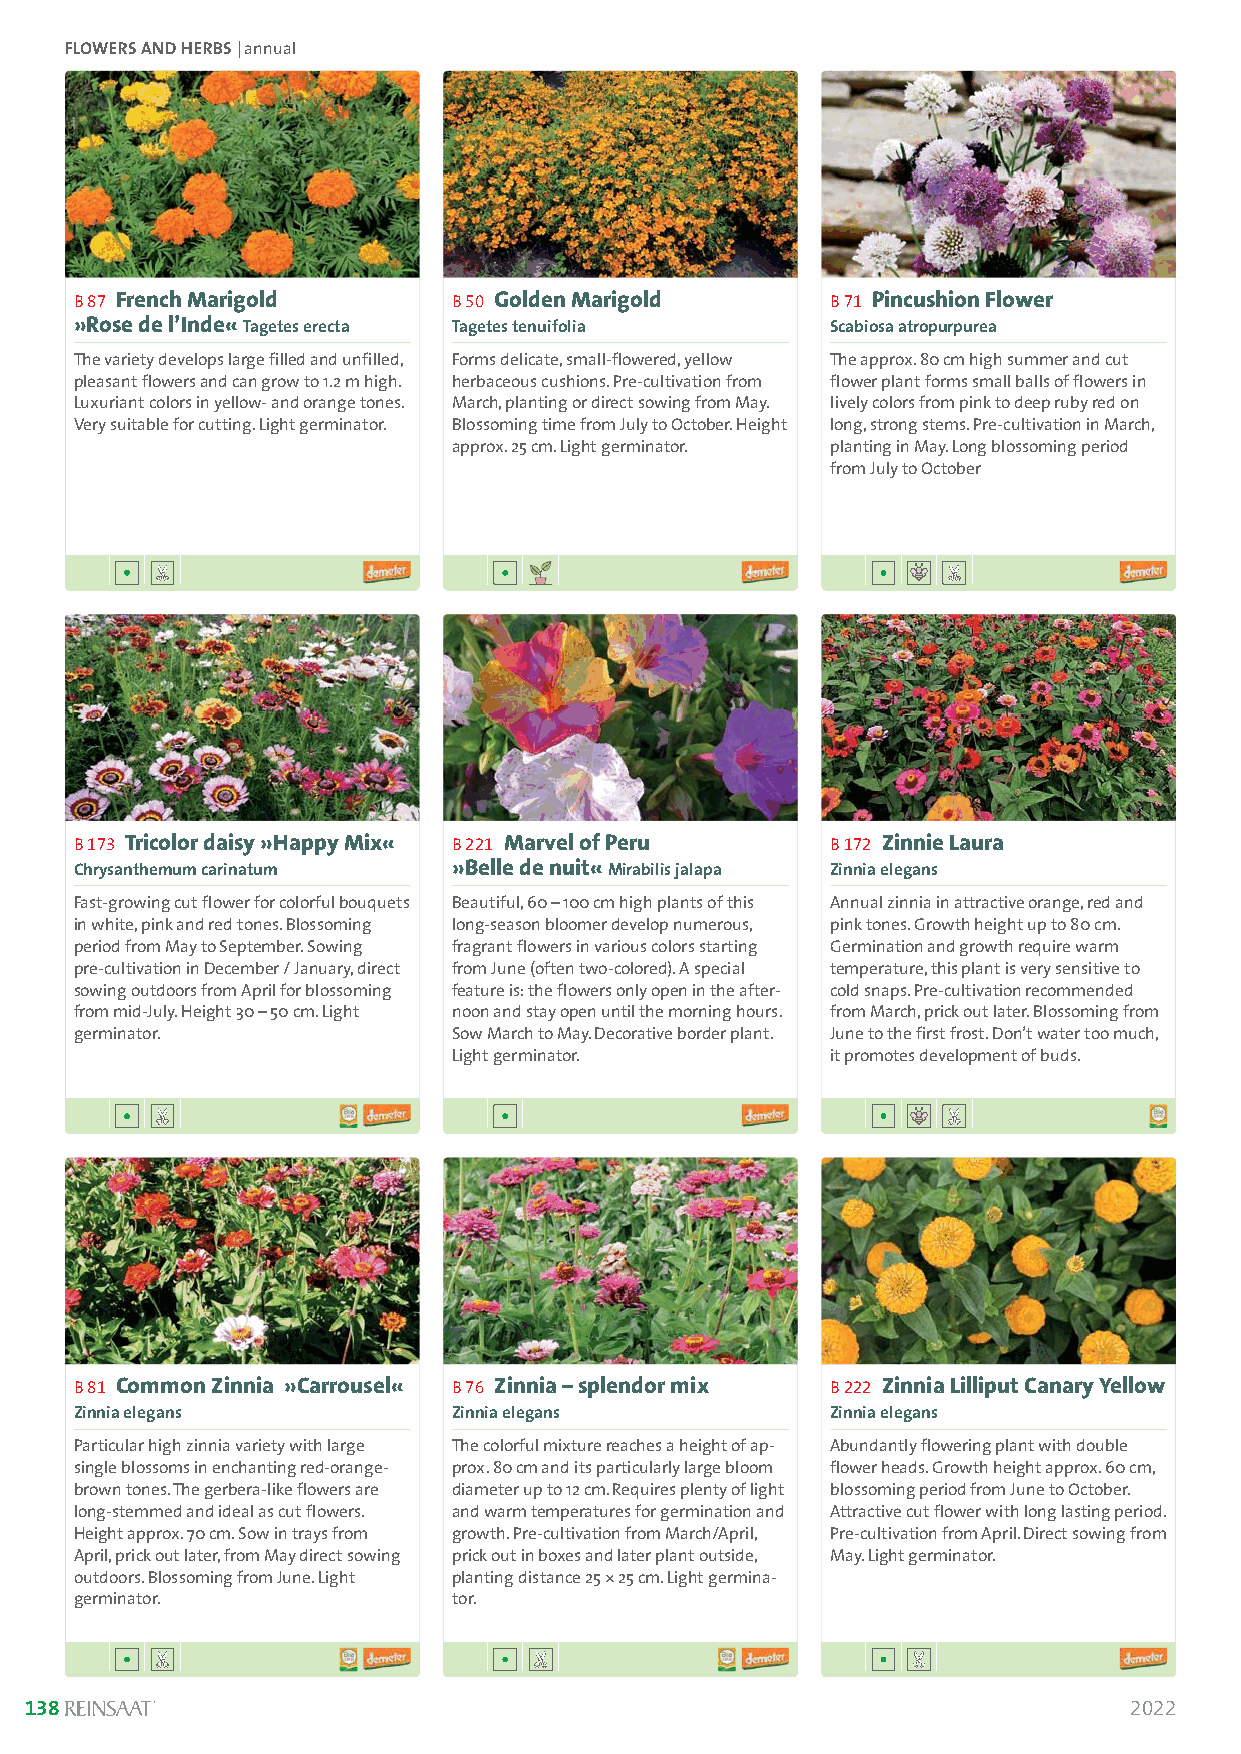
FLOWERS AND HERBS | annual
 B 87 French Marigold     B 50 Golden Marigold     B 71 Pincushion Flower
 »Rose de l’Inde« Tagetes erecta Tagetes tenuifolia Scabiosa atropurpurea
 The variety develops large filled and unfilled, Forms delicate, small-flowered, yellow The approx. 80 cm high summer and cut
 pleasant flowers and can grow to 1.2 m high. herbaceous cushions. Pre-cultivation from flower plant forms small balls of flowers in
 Luxuriant colors in yellow- and orange tones. March, planting or direct sowing from May. lively colors from pink to deep ruby red on
 Very suitable for cutting. Light germinator. Blossoming time from July to October. Height long, strong stems. Pre-cultivation in March,
 approx. 25 cm. Light germinator. planting in May. Long blossoming period
 from July to October
 B 173 Tricolor daisy »Happy Mix« B 221 Marvel of Peru B 172 Zinnie Laura
 Chrysanthemum carinatum  »Belle de nuit« Mirabilis jalapa Zinnia elegans
 Fast-growing cut flower for colorful bouquets Beautiful, 60 –100 cm high plants of this Annual zinnia in attractive orange, red and
 in white, pink and red tones. Blossoming long-season bloomer develop numerous, pink tones. Growth height up to 80 cm.
 period from May to September. Sowing fragrant flowers in various colors starting Germination and growth require warm
 pre-cultivation in December / January, direct from June (often two-colored). A special temperature, this plant is very sensitive to
 sowing outdoors from April for blossoming feature is: the flowers only open in the after- cold snaps. Pre-cultivation recommended
 from mid-July. Height 30 –50 cm. Light noon and stay open until the morning hours. from March, prick out later. Blossoming from
 germinator.              Sow March to May. Decorative border plant. June to the first frost. Don’t water too much,
 Light germinator.        it promotes development of buds.
 B 81 Common Zinnia »Carrousel« B 76 Zinnia –splendor mix B 222 Zinnia Lilliput Canary Yellow
 Zinnia elegans           Zinnia elegans           Zinnia elegans
 Particular high zinnia variety with large The colorful mixture reaches a height of ap- Abundantly flowering plant with double
 single blossoms in enchanting red-orange- prox. 80 cm and its particularly large bloom flower heads. Growth height approx. 60 cm,
 brown tones. The gerbera-like flowers are diameter up to 12 cm. Requires plenty of light blossoming period from June to October.
 long-stemmed and ideal as cut flowers. and warm temperatures for germination and Attractive cut flower with long lasting period.
 Height approx. 70 cm. Sow in trays from growth. Pre-cultivation from March/April, Pre-cultivation from April. Direct sowing from
 April, prick out later, from May direct sowing prick out in boxes and later plant outside, May. Light germinator.
 outdoors. Blossoming from June. Light planting distance 25 *25 cm. Light germina-
 germinator.              tor.
 138                                                                      2022